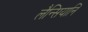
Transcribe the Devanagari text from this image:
लैन्सियानि